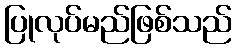
ပြုလုပ်မည်ဖြစ်သည်